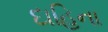
દાહિના